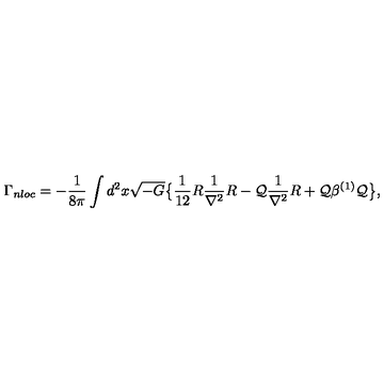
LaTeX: \Gamma _ { n l o c } = - { \frac { 1 } { 8 \pi } } \int d ^ { 2 } x \sqrt { - G } \big \{ { \frac { 1 } { 1 2 } } R { \frac { 1 } { \nabla ^ { 2 } } } R - { \cal Q } { \frac { 1 } { \nabla ^ { 2 } } } R + { \cal Q } \beta ^ { ( 1 ) } { \cal Q } \big \} ,